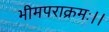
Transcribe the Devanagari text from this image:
भीमपराक्रमः।।